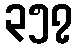
၃၅၇